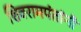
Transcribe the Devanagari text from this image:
शिवरामपंतांनी